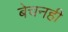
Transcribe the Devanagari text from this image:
बेचनही